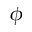
\phi